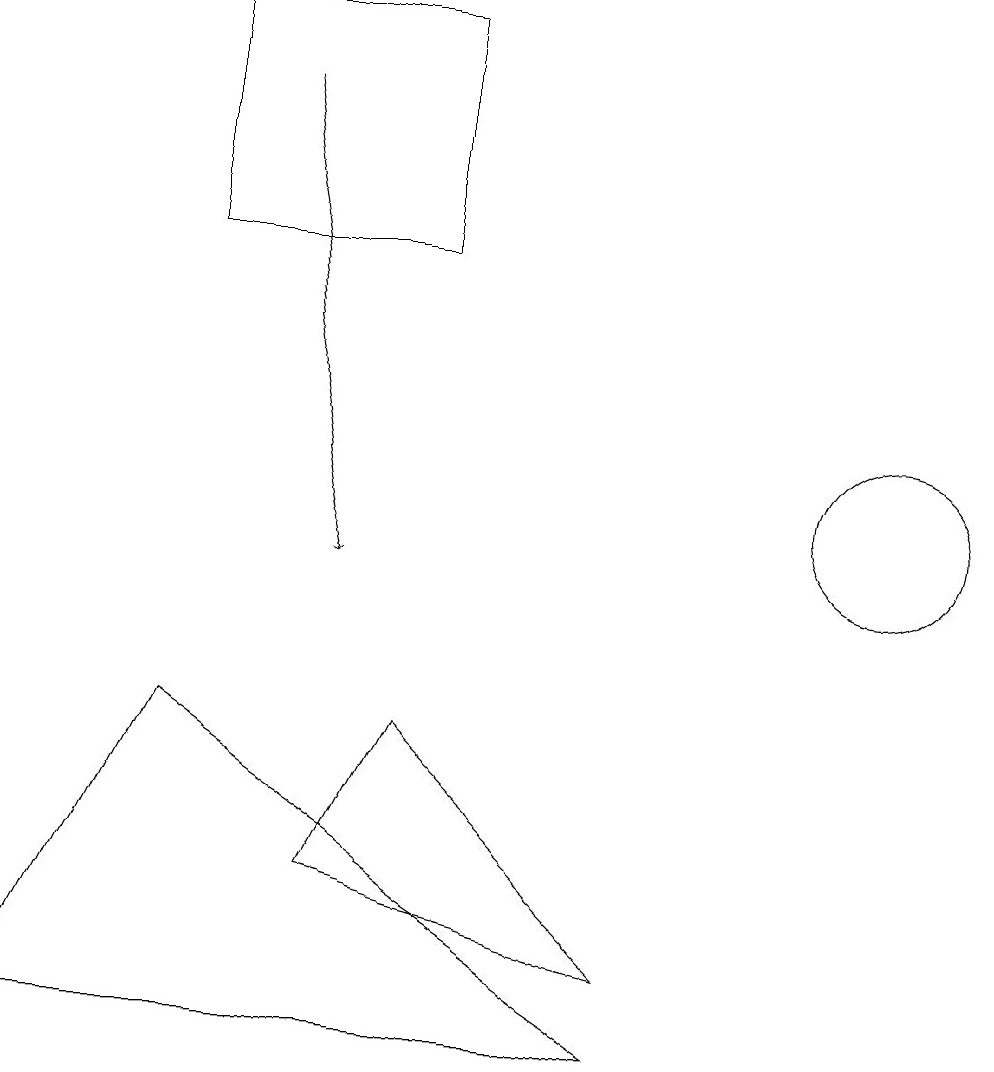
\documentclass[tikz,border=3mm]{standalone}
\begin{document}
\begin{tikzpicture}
\draw[->] (3,17) -- (4,11);
\draw (2,15) rectangle (5,18);
\draw (8,5) -- (0,5) -- (2,9) -- cycle;
\draw (8,6) -- (5,9) -- (4,7) -- cycle;
\draw (11,12) circle (1);
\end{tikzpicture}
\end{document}